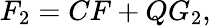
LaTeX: F_{2}=CF+QG_{2},